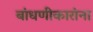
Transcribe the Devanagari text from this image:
बांधणीकारांना